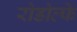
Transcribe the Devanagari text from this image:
रोडोल्फे